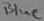
Text: Blue